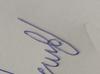
Signature authenticity: forged